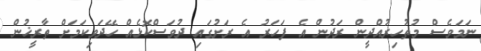
ނަމަވެސް މުޡުހިރުއްދީން ރަދުން އެ ފަހަރު އެ ރަށުގައި ދުވަސްކޮޅެއް ހޭދަވިކަމަށް ތާރީޚުން